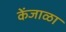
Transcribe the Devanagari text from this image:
केंजाळा